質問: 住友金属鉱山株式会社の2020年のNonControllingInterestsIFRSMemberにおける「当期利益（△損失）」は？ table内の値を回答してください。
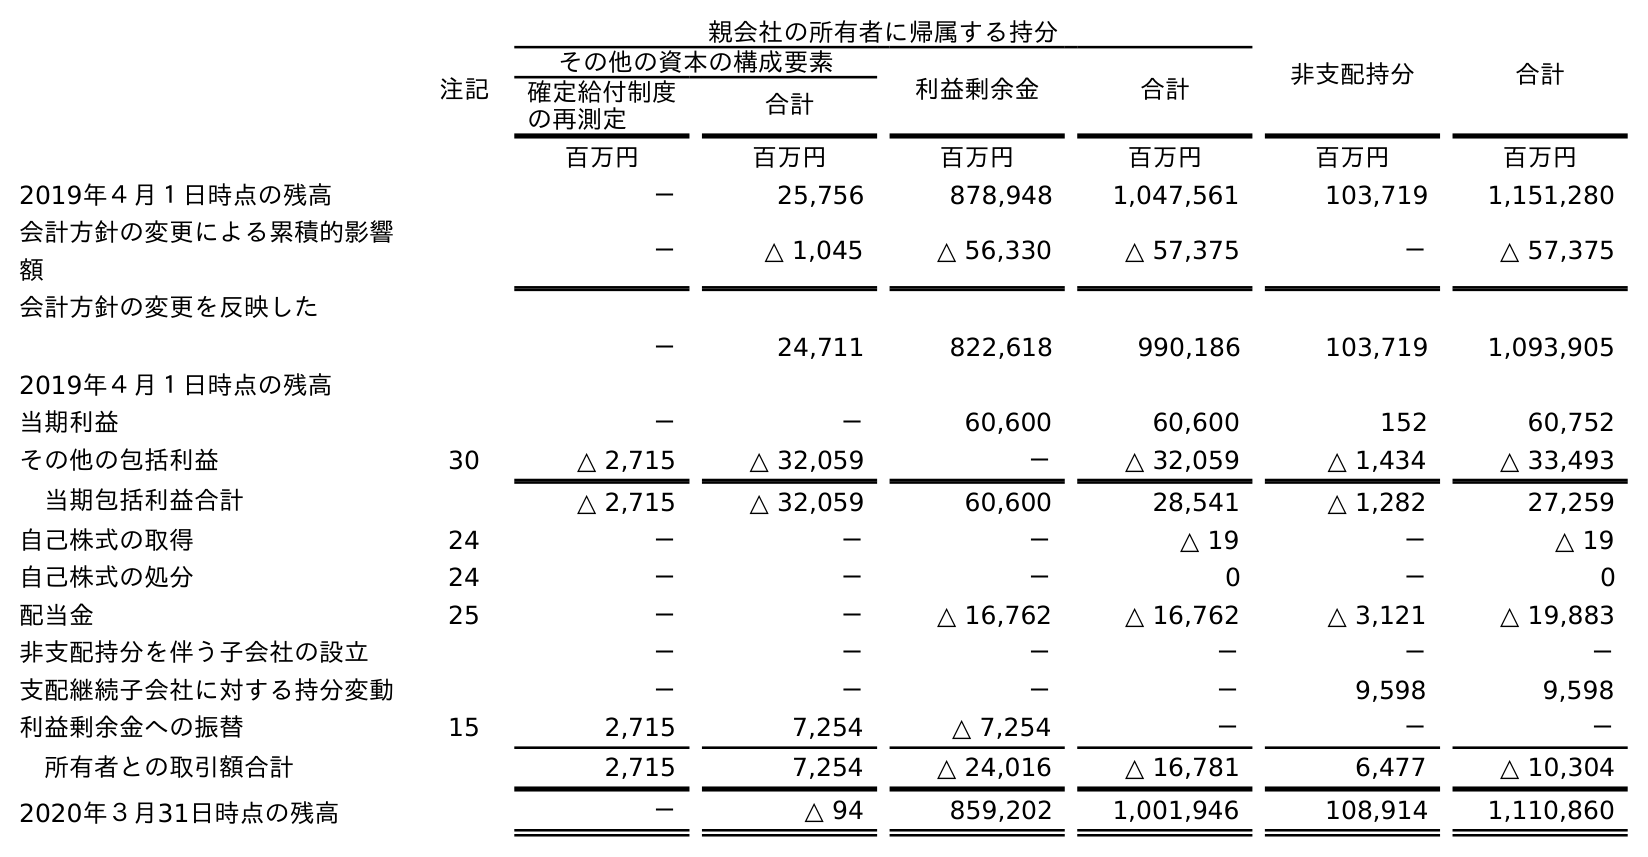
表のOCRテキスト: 親会社の所有者に帰属する持分 非支配持分 合計 注記 その他の資本の構成要素 利益剰余金 合計 確定給付制度 の再測定 合計 百万円 百万円 百万円 百万円 百万円 百万円 2019年４月１日時点の残高 － 25,756 878,948 1,047,561 103,719 1,151,280 会計方針の変更による累積的影響 額 － △ 1,045 △ 56,330 △ 57,375 － △ 57,375 会計方針の変更を反映した 2019年４月１日時点の残高 － 24,711 822,618 990,186 103,719 1,093,905 当期利益 － － 60,600 60,600 152 60,752 その他の包括利益 30 △ 2,715 △ 32,059 － △ 32,059 △ 1,434 △ 33,493 当期包括利益合計 △ 2,715 △ 32,059 60,600 28,541 △ 1,282 27,259 自己株式の取得 24 － － － △ 19 － △ 19 自己株式の処分 24 － － － 0 － 0 配当金 25 － － △ 16,762 △ 16,762 △ 3,121 △ 19,883 非支配持分を伴う子会社の設立 － － － － － － 支配継続子会社に対する持分変動 － － － － 9,598 9,598 利益剰余金への振替 15 2,715 7,254 △ 7,254 － － － 所有者との取引額合計 2,715 7,254 △ 24,016 △ 16,781 6,477 △ 10,304 2020年３月31日時点の残高 － △ 94 859,202 1,001,946 108,914 1,110,860
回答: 152